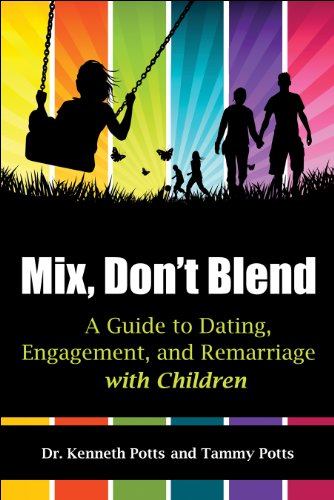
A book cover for Mix, Don't Blend: A Guide to Dating, Engagement, and Remarriage with Children; Kenneth Potts; Parenting & Relationships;